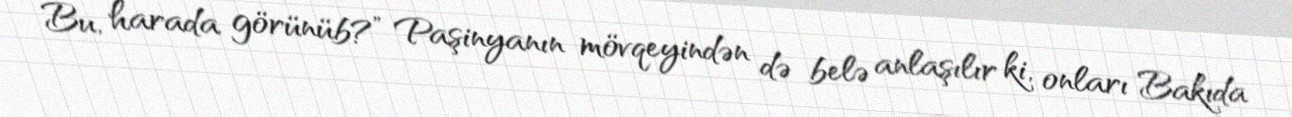
Bu, harada görünüb?” Paşinyanın mövqeyindən də belə anlaşılır ki, onları Bakıda